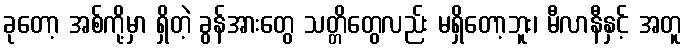
ခုတော့ အစ်ကို့မှာ ရှိတဲ့ ခွန်အားတွေ သတ္တိတွေလည်း မရှိတော့ဘူး၊ မီလာနီနှင့် အတူ